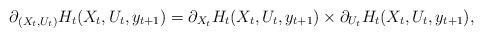
LaTeX: \begin{align*}\partial_{(X_t,U_t)}H_t(X_t,U_t,y_{t+1}) = \partial_{X_t} H_t(X_t,U_t,y_{t+1})\times\partial_{U_t} H_t(X_t,U_t,y_{t+1}),\end{align*}